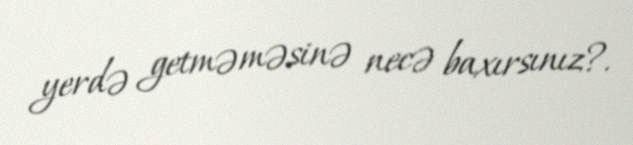
yerdə getməməsinə necə baxırsınız?.